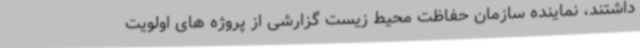
داشتند، نماینده سازمان حفاظت محیط زیست گزارشی از پروژه های اولویت